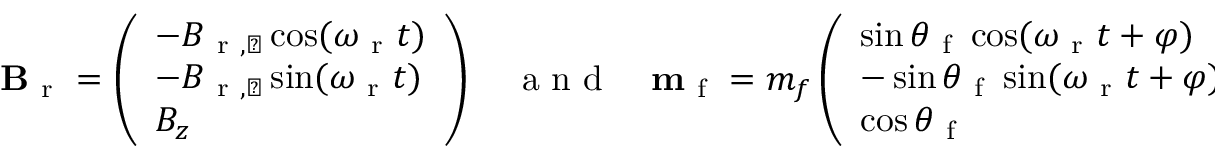
\begin{array} { r } { \mathbf { B } _ { \mathrm { ~ r ~ } } = \left( \begin{array} { l } { - B _ { \mathrm { ~ r ~ } , \perp } \cos ( \omega _ { \mathrm { ~ r ~ } } t ) } \\ { - B _ { \mathrm { ~ r ~ } , \perp } \sin ( \omega _ { \mathrm { ~ r ~ } } t ) } \\ { B _ { z } } \end{array} \right) \quad \mathrm { ~ a ~ n ~ d ~ } \quad \mathbf { m } _ { \mathrm { ~ f ~ } } = m _ { f } \left( \begin{array} { l } { \sin \theta _ { \mathrm { ~ f ~ } } \cos ( \omega _ { \mathrm { ~ r ~ } } t + \varphi ) } \\ { - \sin \theta _ { \mathrm { ~ f ~ } } \sin ( \omega _ { \mathrm { ~ r ~ } } t + \varphi ) } \\ { \cos \theta _ { \mathrm { ~ f ~ } } } \end{array} \right) , } \end{array}